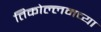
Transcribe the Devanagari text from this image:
तिकोल्लमच्या